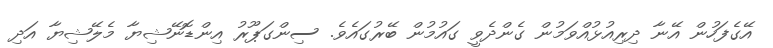
އޭގެފަހުން އޭނާ ދިރިއުޅުއްވަމުން ގެންދެވީ ގައުމުން ބޭރުގައެވެ. ސިންގަޕޫރު އިންޑޮނޭޝިޔާ މެލޭޝިޔާ އަދި